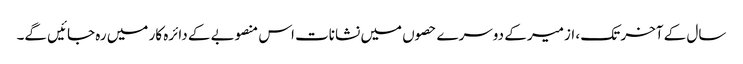
سال کے آخر تک ، ازمیر کے دوسرے حصوں میں نشانات اس منصوبے کے دائرہ کار میں رہ جائیں گے۔